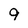
Character: 9